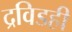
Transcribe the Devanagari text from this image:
द्रविडही